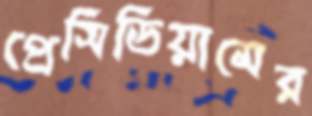
প্রেসিডিয়ামের